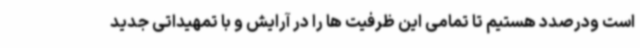
است ودرصدد هستیم تا تمامی این ظرفیت ها را در آرایش و با تمهیداتی جدید